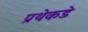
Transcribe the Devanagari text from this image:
प्रथेकडे